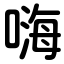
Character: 嗨